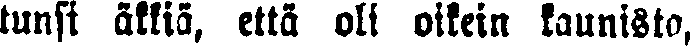
tunsi äkkiä, että oli oikein kaunista,